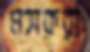
মসকরা